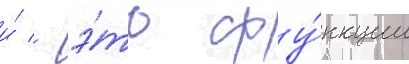
и́ - э́то фу́нкции